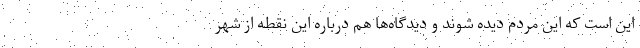
این است که این مردم دیده شوند و دیدگاه‌ها هم درباره این نقطه از شهر